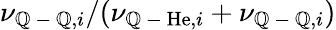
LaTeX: \nu_{\mathbb{Q}\mathrm{{~-~}}\mathbb{Q},i}/(\nu_{\mathbb{Q}\mathrm{{~-~}}\mathrm{{He}},i}+\nu_{\mathbb{Q}\mathrm{{~-~}}\mathbb{Q},i})